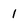
Character: 1